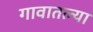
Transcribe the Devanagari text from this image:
गावातल्‍या